Statistics compiled by the Government of India from the reports of provincial Civil Veterinary Departments
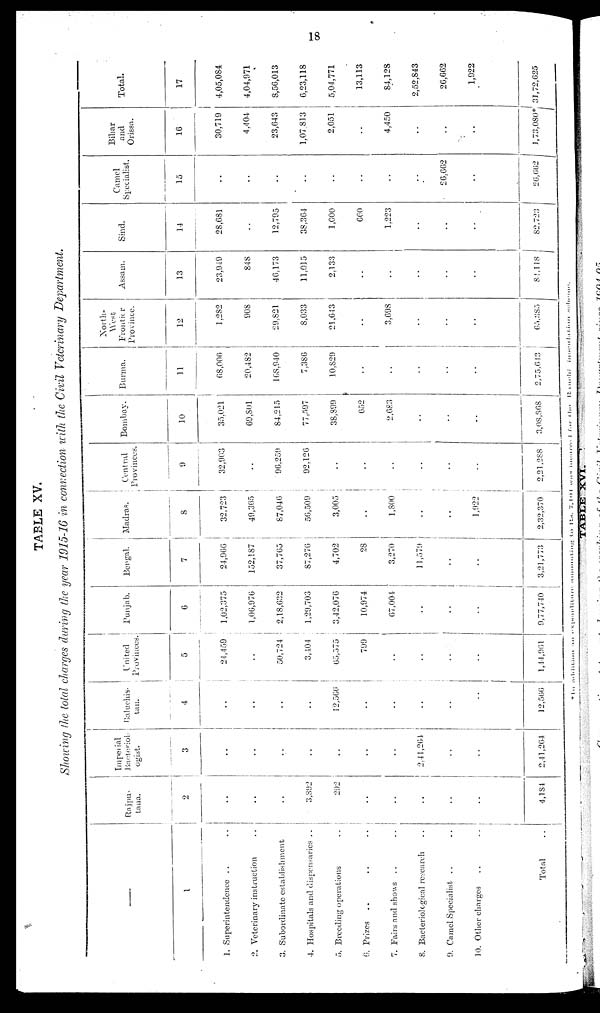
18
TABLE XV.
Showing the total charges during the year 1915-16 in connection with the Civil Veterinary Department.
1
1. Superintendence .. ..
2. Veterinary instruction ..
3. Subordinate establishment
4. Hospitals and dispensaries ..
5. Breeding operations ..
6. Prizes .. .. ..
7. Fairs and shows .. ..
8. Bacteriological research ..
9. Camel Specialist .. ..
10. Other charges .. ..
Total ..
Rajpu-
tana.
2
..
..
..
3,392
292
..
..
..
..
..
4,184
Imperial
Bacteriol-
ogist.
3
..
..
..
..
..
..
..
2,41,264
..
..
2,41,264
Baluchis.
tan.
4
..
..
..
..
12,566
..
..
..
..
..
12,566
United
Provinces.
5
24,459
..
50,724
3,404
65,575
799
..
..
..
..
1,44,961
Punjab.
6
1,02,375
1,06,976
2,18,632
1,29,703
3,42,076
10,974
67,004
..
..
..
9,77,740
Bengal.
7
24,966
152,187
37,765
87,276
4,702
28
3,270
11,579
..
..
3,21,773
Madras.
8
32,723
49,305
87,046
56,509
3,005
..
1,800
1,922
2,32,370
Central
Provinces.
9
32,963
..
96,259
92,126
..
..
..
..
..
2,21,288
Bombay.
10
35,021
69,801
84,215
77,597
38,899
652
2,683
..
..
3,08,868
Burma.
11
68,006
20,482
168,940
7,386
10,829
..
..
..
..
2,75,643
North-
West
Frontier
Province.
12
1,282
908
29,821
8,033
21,643
..
3,698
..
..
..
65,385
Assam.
13
23,949
848
46,173
11,015
2,133
..
..
..
..
..
84,118
Sind.
14
28,681
..
12,795
38,364
1,000
660
1,223
..
..
..
82,723
Camel
Specialist.
15
..
..
..
..
..
..
..
..
26,662
..
26,662
Bihar
and
Orissa.
16
30,719
4,404
23,643
1,07,813
2,051
..
4,450
..
..
..
1,73,080*
Total.
17
4,05,084
4,04,971
8,56,013
6,23,118
5,04,771
13,113
84,128
2,52,843
26,662
1,922
31,72,625
*
In
addition
an
expenditure
amounting
to
Rs.
7,104
was
incurrent
for
the
Renchi
inoculation
scheme.